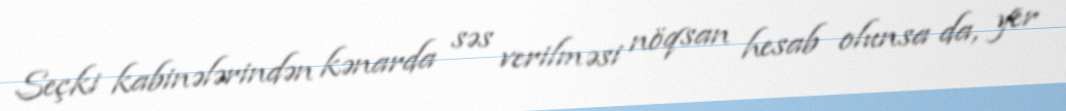
Seçki kabinələrindən kənarda səs verilməsi nöqsan hesab olunsa da, yer